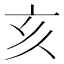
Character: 亥